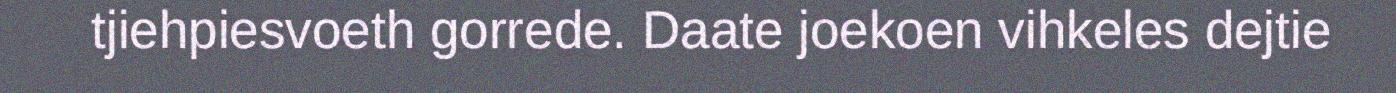
tjiehpiesvoeth gorrede. Daate joekoen vihkeles dejtie